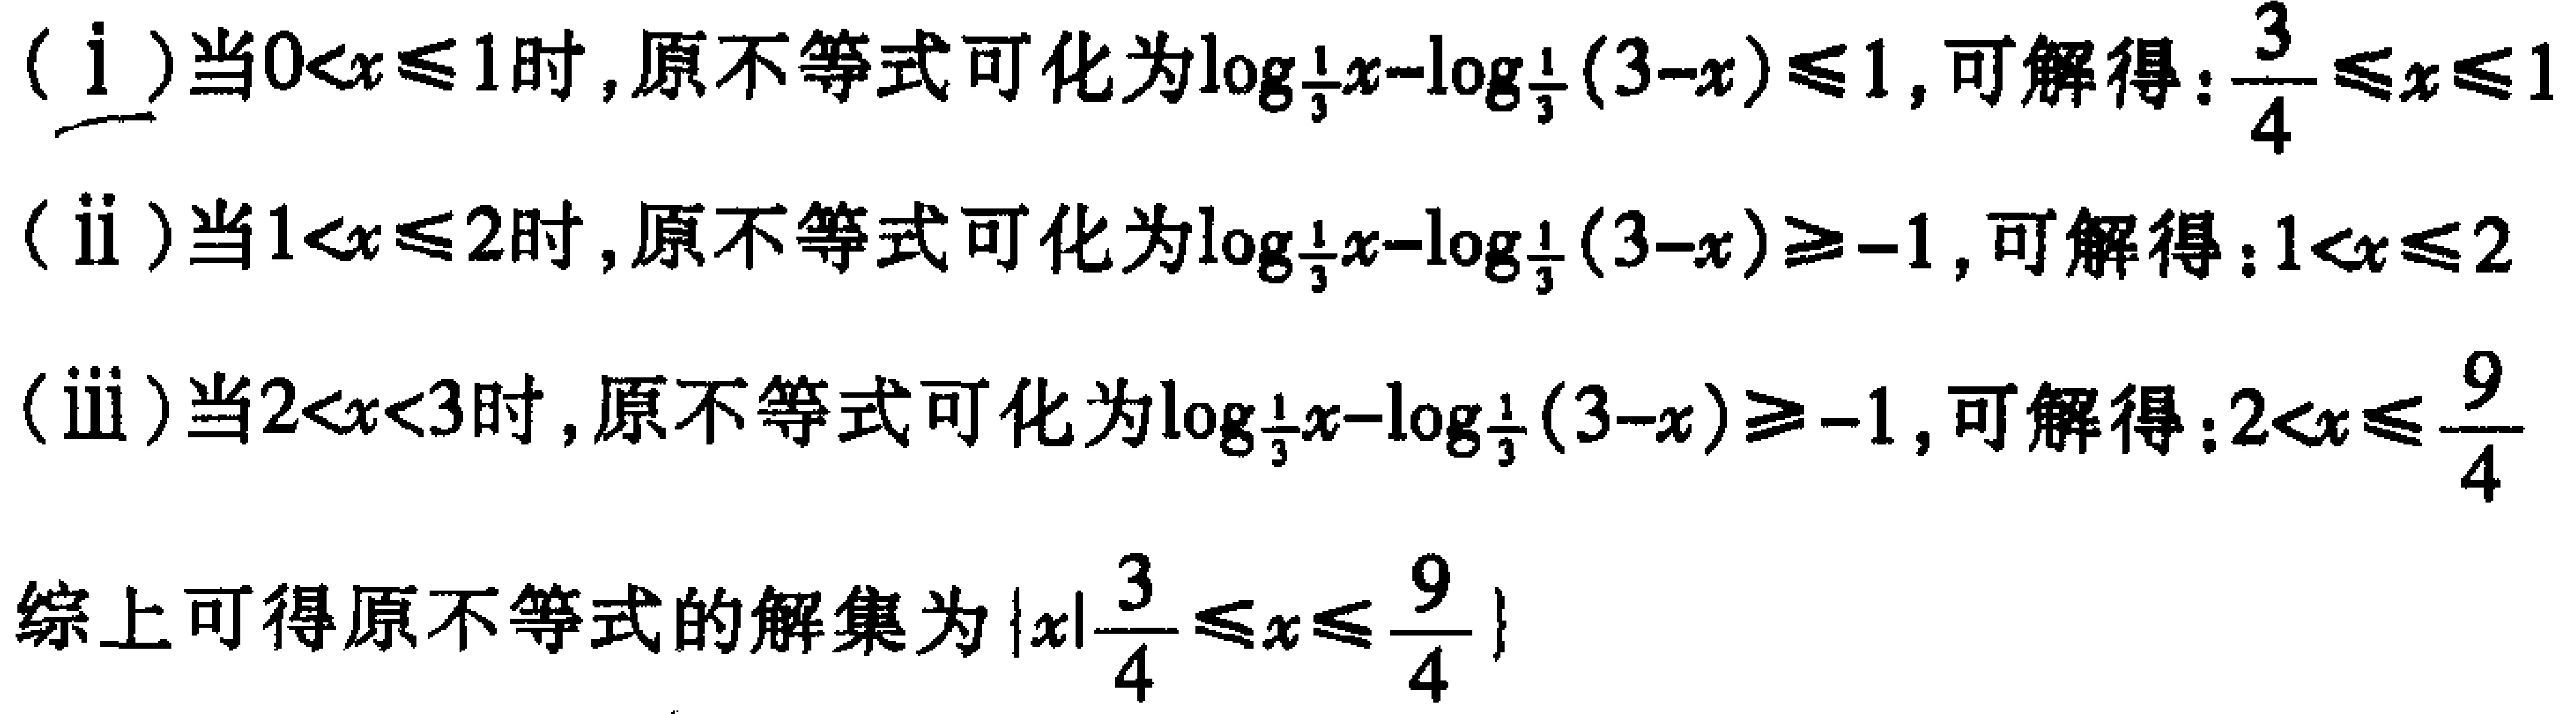
(i)当\(0<x\leqslant1\)时，原不等式可化为\(\log_{\frac{1}{3}}x - \log_{\frac{1}{3}}(3 - x)\leqslant1\)，可解得：\(\frac{3}{4}\leqslant x\leqslant1\)
(ii)当\(1<x\leqslant2\)时，原不等式可化为\(\log_{\frac{1}{3}}x - \log_{\frac{1}{3}}(3 - x)\geqslant - 1\)，可解得：\(1<x\leqslant2\)
(iii)当\(2<x<3\)时，原不等式可化为\(\log_{\frac{1}{3}}x - \log_{\frac{1}{3}}(3 - x)\geqslant - 1\)，可解得：\(2<x\leqslant\frac{9}{4}\)

综上可得原不等式的解集为\(\{x|\frac{3}{4}\leqslant x\leqslant\frac{9}{4}\}\)